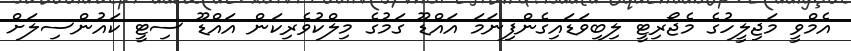
އެމްވީ މަޖިލީހުގެ މެޖޯރިޓީ ލިބިވަޑައިގެންފިނަމަ އައްޑޫ ގަމުގެ މިލްކުވެރިކަން އައްޑޫ ސިޓީ ކައުންސިލަށް